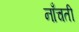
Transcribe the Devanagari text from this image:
नाँचती